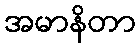
အမာနိတာ